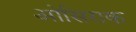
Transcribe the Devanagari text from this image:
ओसिराक